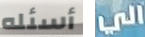
أسئله الي